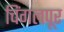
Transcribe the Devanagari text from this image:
चिंगलपूर